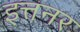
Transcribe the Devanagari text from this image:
इत्तनर